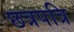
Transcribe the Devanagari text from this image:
छत्रपत्रि